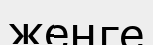
жеңге